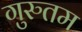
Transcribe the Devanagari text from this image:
गुरुतम